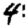
Digit: 4